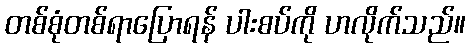
တစ်စုံတစ်ရာပြောရန် ပါးစပ်ကို ဟလိုက်သည်။